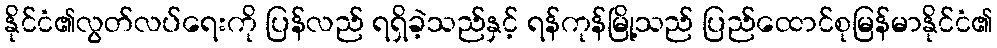
နိုင်ငံ၏လွတ်လပ်ရေးကို ပြန်လည် ရရှိခဲ့သည်နှင့် ရန်ကုန်မြို့သည် ပြည်ထောင်စုမြန်မာနိုင်ငံ၏